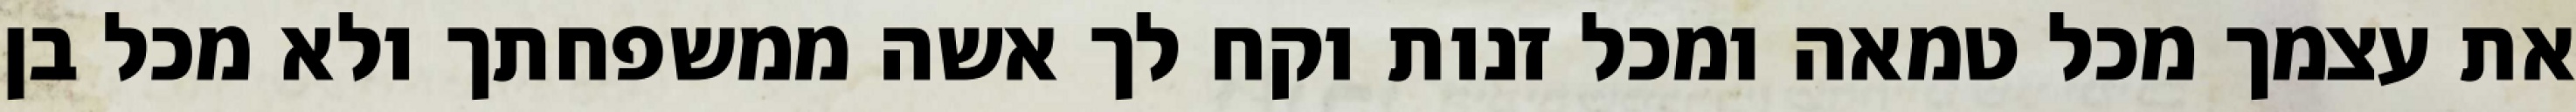
את עצמך מכל טמאה ומכל זנות וקח לך אשה ממשפחתך ולא מכל בן